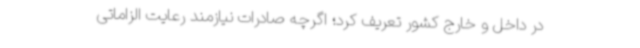
در داخل و خارج کشور تعریف کرد؛ اگرچه صادرات نیازمند رعایت الزاماتی